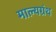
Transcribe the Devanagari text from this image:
माल्यग्रंथ